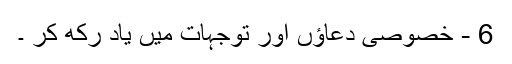
6 - خصوصی دعاؤں اور توجہات میں یاد رکھ کر ۔